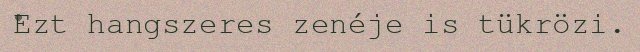
Ezt hangszeres zenéje is tükrözi.